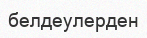
белдеулерден